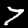
Digit: 7